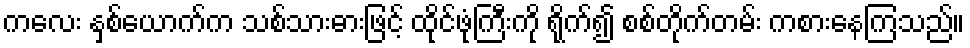
ကလေး နှစ်ယောက်က သစ်သားဓားဖြင့် ထိုင်ဖုံကြီးကို ရိုက်၍ စစ်တိုက်တမ်း ကစားနေကြသည်။